Plague in India, 1896, 1897 - Volume 3
Year: 1896
Disease focus: Plague
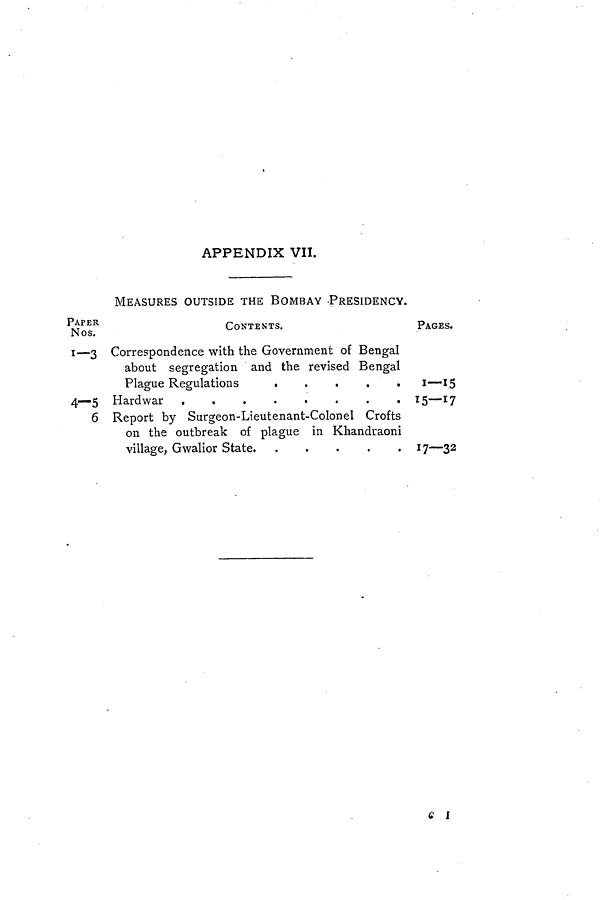
APPENDIX VII.
MEASURES OUTSIDE THE BOMBAY PRESIDENCY.
PAPER
Nos.
1—3
4—5
6
CONTENTS.
Correspondence with the Government of Bengal
about segregation and the revised Bengal
Plague Regulations
.....
Hardwar .
.
.
.
.
.
.
.
Report by Surgeon-Lieutenant-Colonel Crofts
on the outbreak of plague in Khandraoni
village, Gwalior State.
.....
PAGES.
1—15
15— 17
17—32